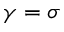
\gamma = \sigma